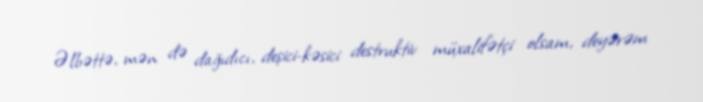
Əlbəttə, mən də dağıdıcı, deşici-kəsici destruktiv müxalifətçi olsam, deyərəm